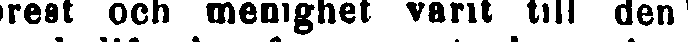
prest och menighet varit till den